Scottish Leaving Certificate Examination, 1954
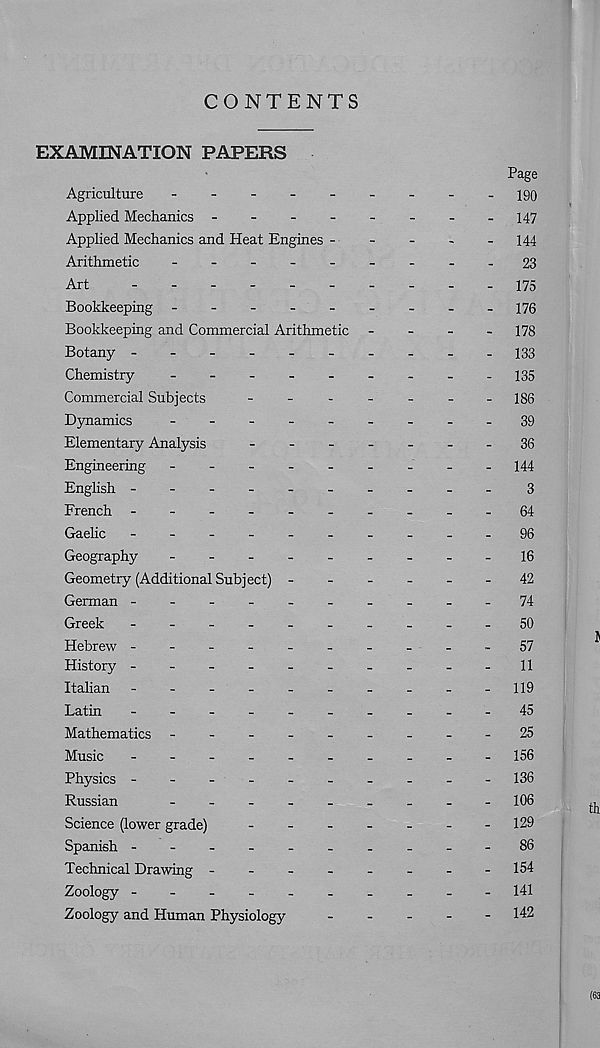
CONTENTS
EXAMINATION PAPERS
Page
Agriculture
-
--
--
--
--190
Applied Mechanics -
-
-
-
-
-
-
.147
Applied Mechanics and Heat Engines
144
Arithmetic
-
--
--
--
-
-23
Art
175
Bookkeeping -
--
--
--
--
176
Bookkeeping and Commercial Arithmetic -
-
-
-
178
Botany ---------
-
133
Chemistry
---------
135
Commercial Subjects
-
-
-
-
-
-
-186
Dynamics
-
--
--
--
--
39
Elementary Analysis
-
--
--
--36
Engineering
-
-
-
-
144
English ---
3
French -
--
--
--
--
-64
Gaelic
-_-96
Geography
-
16
Geometry (Additional Subject) ------
42
German
_-_-74
Greek
-
--
--
--
--
-50
Hebrew ---------
-
57
History ----------11
Italian -
--
--
--
--
-119
Latin
-
--
--
--
--
-45
Mathematics -
--
--
--
--25
Music
-
-
156
Physics ---------
-
136
Russian
-106
Science (lower grade)
-------
129
Spanish
-86
Technical Drawing -------
-
154
Zoology --
-141
Zoology and Human Physiology
-----
142